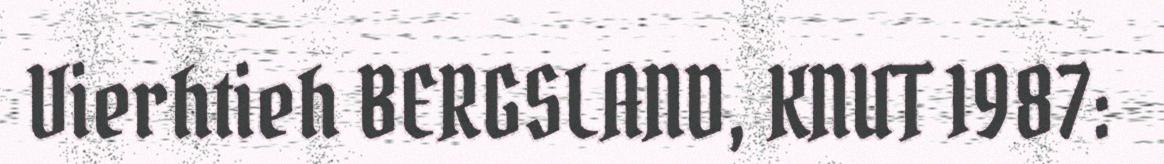
Vierhtieh BERGSLAND, KNUT 1987: